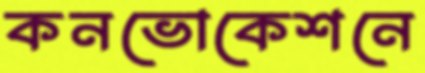
কনভোকেশনে